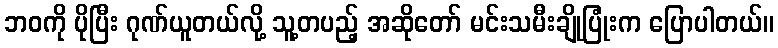
ဘဝကို ပိုပြီး ဂုဏ်ယူတယ်လို့ သူ့တပည့် အဆိုတော် မင်းသမီးချိုပြုံးက ပြောပါတယ်။